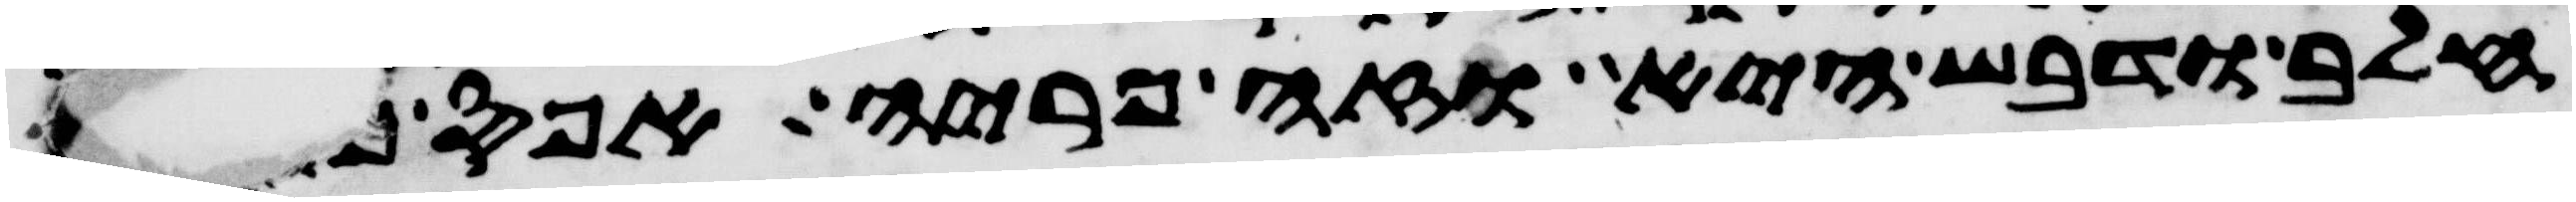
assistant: חלב ודבש היא וזה פריה אפס כי